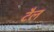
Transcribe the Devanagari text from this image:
टैल